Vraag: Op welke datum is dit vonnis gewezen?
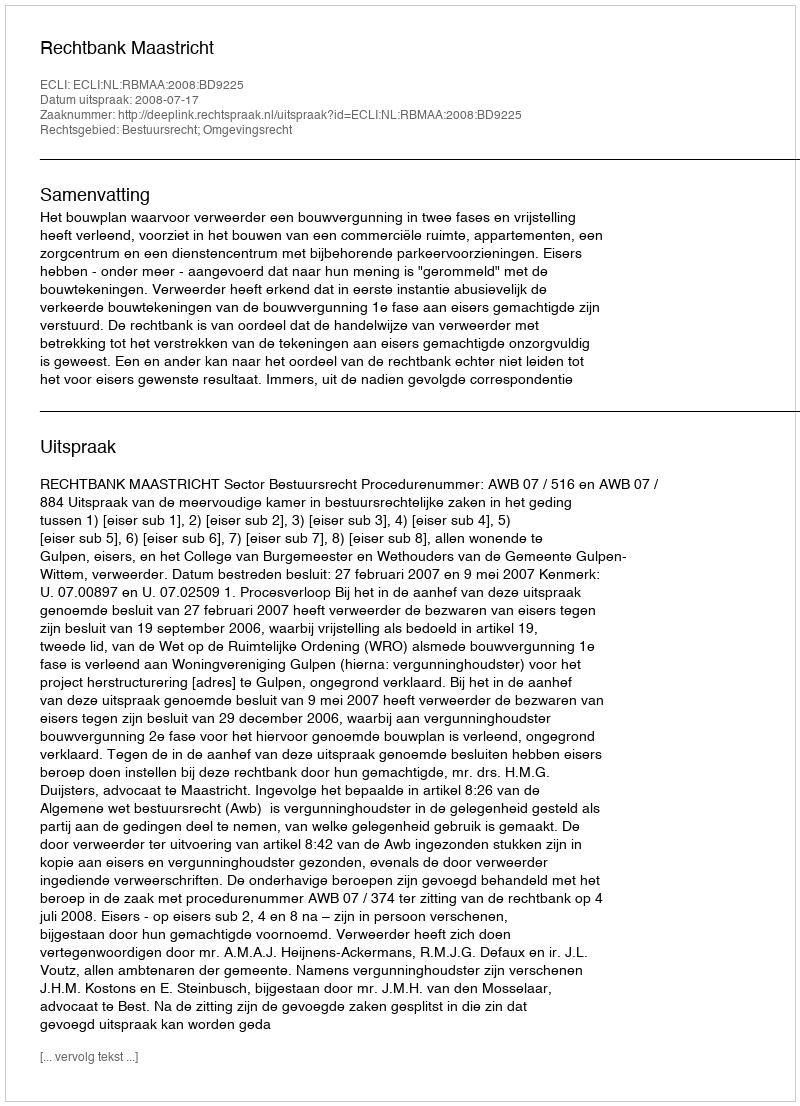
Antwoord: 2008-07-17